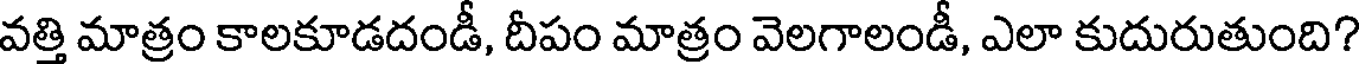
వత్తి మాత్రం కాలకూడదండీ, దీపం మాత్రం వెలగాలండీ, ఎలా కుదురుతుంది?